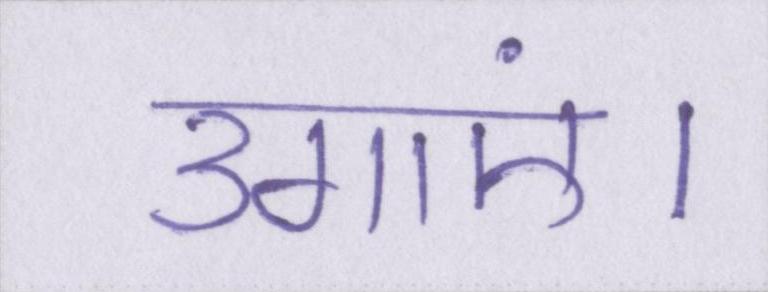
उगाएं।